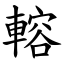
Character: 䡥